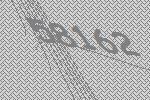
58162